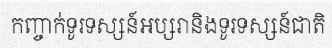
កញ្ចាក់ទូរទស្សន៍អប្សរានិងទូរទស្សន៍ជាតិ